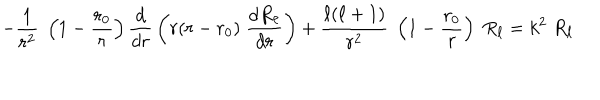
- { \frac { 1 } { r ^ { 2 } } } \; \left( 1 - { \frac { r _ { 0 } } { r } } \right) { \frac { d } { d r } } \left( r ( r - r _ { 0 } ) \; { \frac { d R _ { \ell } } { d r } } \right) + { \frac { \ell ( \ell + 1 ) } { r ^ { 2 } } } \; \left( 1 - { \frac { r _ { 0 } } { r } } \right) \; R _ { \ell } = k ^ { 2 } \; R _ { \ell }